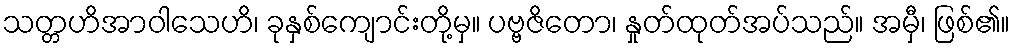
သတ္တဟိအာဝါသေဟိ၊ ခုနှစ်ကျောင်းတို့မှ။ ပဗ္ဗဇိတော၊ နှုတ်ထုတ်အပ်သည်။ အမှီ၊ ဖြစ်၏။